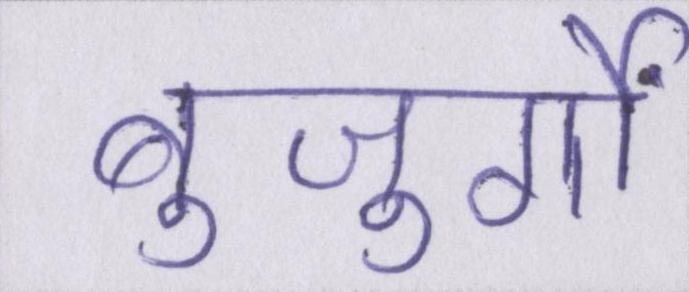
बुजुर्गों